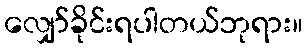
လျှော်ခိုင်းရပါတယ်ဘုရား။